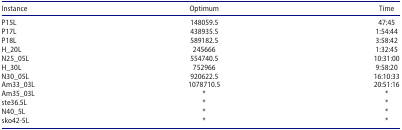
<table><thead><tr><td><b>Instance</b></td><td><b>Optimum</b></td><td><b>Time</b></td></tr></thead><tbody><tr><td>P15L</td><td>148059.5</td><td>47:45</td></tr><tr><td>P17L</td><td>438935.5</td><td>1:54:44</td></tr><tr><td>P18L</td><td>589182.5</td><td>3:58:42</td></tr><tr><td>H_20L</td><td>245666</td><td>1:32:45</td></tr><tr><td>N25_05L</td><td>554740.5</td><td>10:31:00</td></tr><tr><td>H_30L</td><td>752966</td><td>9:58:20</td></tr><tr><td>N30_05L</td><td>920622.5</td><td>16:10:33</td></tr><tr><td>Am33_03L</td><td>1078710.5</td><td>20:51:16</td></tr><tr><td>Am35_03L</td><td>*</td><td>*</td></tr><tr><td>ste36.5L</td><td>*</td><td>*</td></tr><tr><td>N40_5L</td><td>*</td><td>*</td></tr><tr><td>sko42-5L</td><td>*</td><td>*</td></tr></tbody></table>